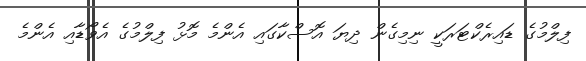
ފިލްމުގެ ޑައިރެކްޓަރަކީ ނިމިގެން ދިޔަ އޮސްކާގައި އެންމެ މޮޅު ފިލްމުގެ އެވޯޑާއި އެންމެ